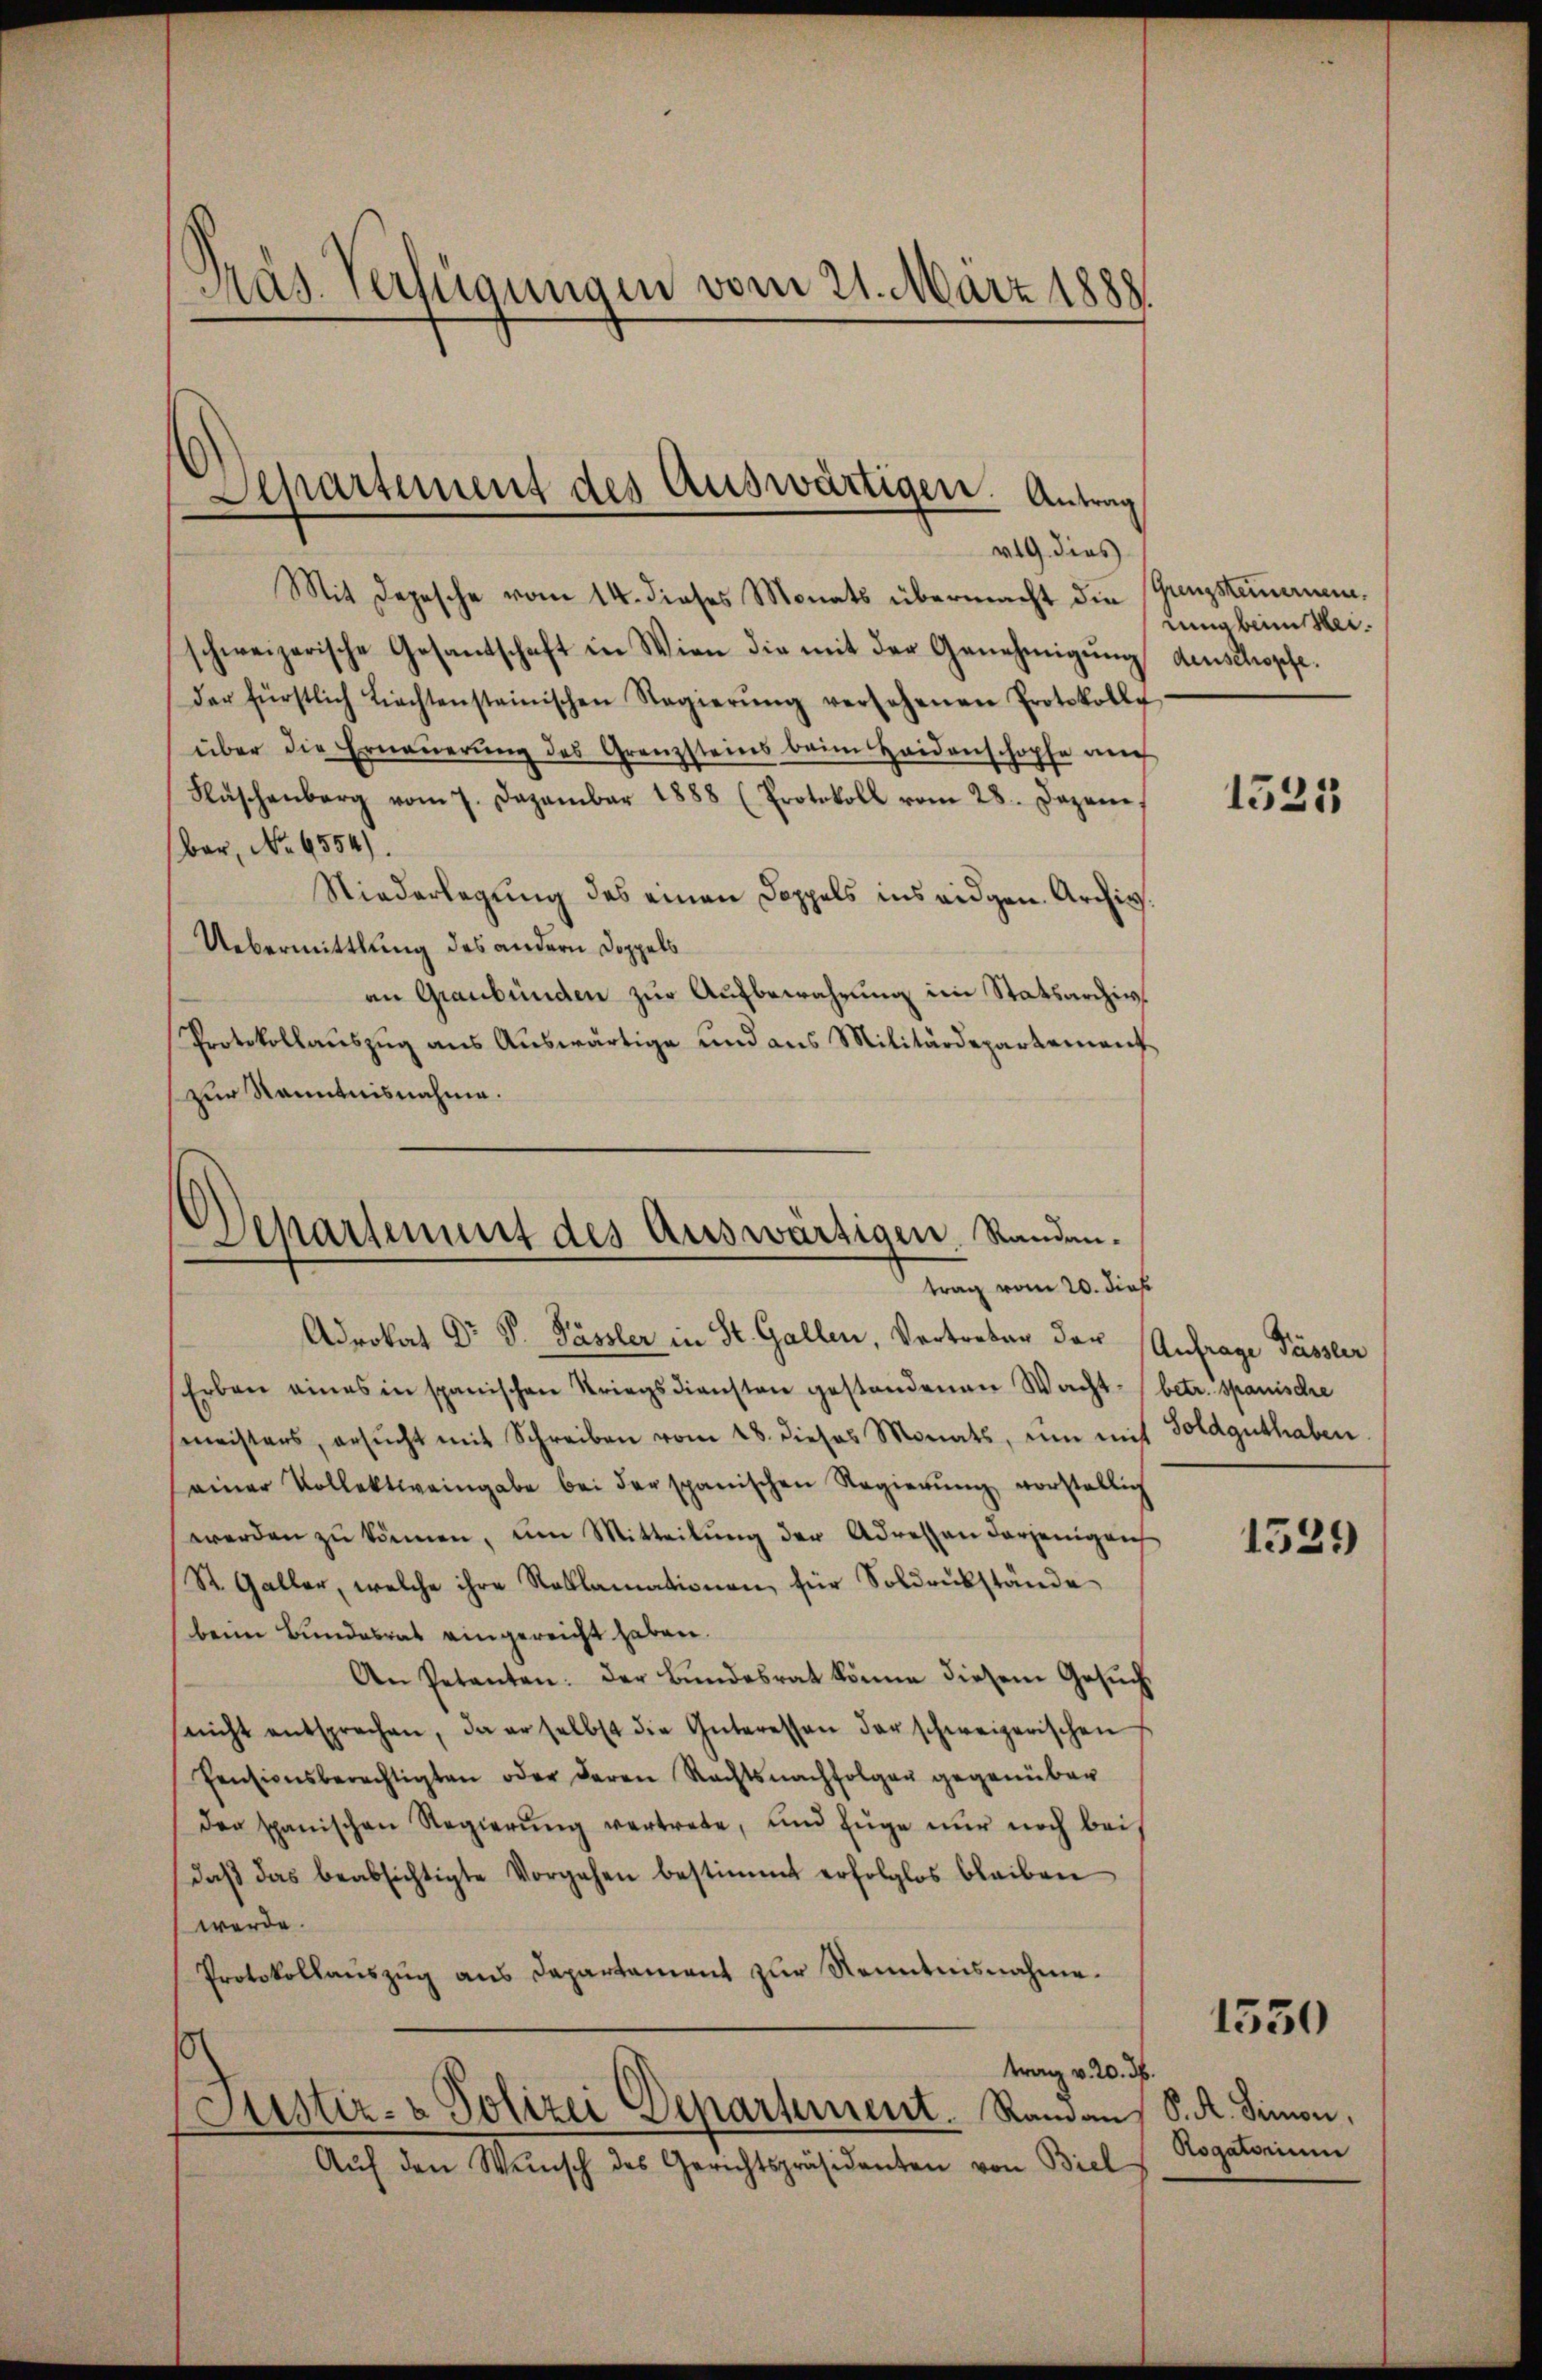
Präs. Verfügungen vom 21. März 1888.

Departement des Auswärtigen. Antrag
419 dies

Mit Depesche vom 14. dieses Monats übermacht die Grenzsteinernen,
schweizerische Gesantschaft in Wien die mit der Genehmigŭng deuschopfe.
der fürstlich Liechtensteinischen Regierŭng versehenen Protokolle
über die Erneŭerŭng des Grenzsteins beim Heidenschopfe auch
Fläschenberg vom 7. Dazambar 1888 (Protokoll vom 28. Dezem
bar, No. 6554).
Niederlegung des einen Doppels ins eidgen. Archiv.
Uebermittlung des andern Doppels
an Graubünden zur Aufbewahrung im Statsarchiv¬
Protokollaŭszŭg ans Auswärtige und aus Militärdepartement
zur Kenntnisnahme.

Departement des Auswärtigen. Standentrag vom 20. dieß

Adrokat Dr. P. Pässler in St. Gallen, Vertreben der Anfrage Pässler
Erben eines in spanischen Striegsdiensten gestandenen Wacht betr. Spanische
meisters, ersŭcht mit Schreiben vom 18. dieses Monats, um mit Soldguthaben
einer Vollektiveingabe bei der spanischen Regierŭng vorstellich
werden zŭ können, um Mitteilŭng der Adressen derjenigen
St. Galler, welche ihre Reklamationen, für Soldrükstände
beim Bundesrat eingereicht haben.
An Petenten. Der Bundesrat könne diesem Gesuchseicht entsprechen, da er selbst die Interessen der schweizerischen
Pensionsberechtigten oder deren Rechtsnachfolger gegenüber
der spanischen Regierŭng vertrete, und Eŭge nŭr noch bei,
daβ das beabsichtigte Vorgehen bestimmt erfolglos bleiben
werde.
Protokollauszug aus Departament zur Kenntnisnahme.
¬
trag v. 20. d.
Justiz- & Polizei Departement. Rand an S. A. Simon,
Aŭf den Wünsch des Gerichtspräsidenten von Biel

rung beim Mei¬

1525

1534)

1550

Aogatorium